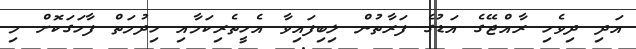
އަދި ދިވެހި ރާއްޖޭގެ އަޑުގެ ފަރާތުން ލިބިފައިވާ އެހީތެރިކަމާއި ހިދުމަތް ފާހަގަކޮށް މި